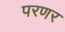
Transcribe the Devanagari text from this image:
परणर